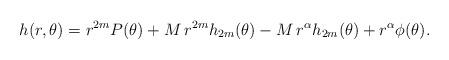
LaTeX: \begin{align*}h(r,\theta)=r^{2m}P(\theta)+M\, r^{2m} h_{2m}(\theta)-M\,r^{\alpha}h_{2m}(\theta)+r^{\alpha}\phi(\theta).\end{align*}